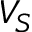
V _ { S }